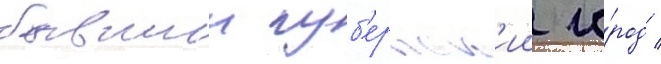
бывшии губ'ернск'ии го́род /